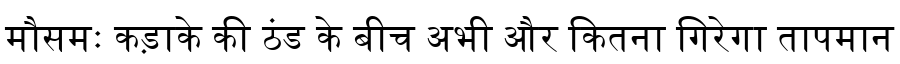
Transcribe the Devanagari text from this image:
मौसमः कड़ाके की ठंड के बीच अभी और कितना गिरेगा तापमान